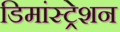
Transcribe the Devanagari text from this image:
डिमांस्ट्रेशन